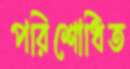
পরিশোধিত